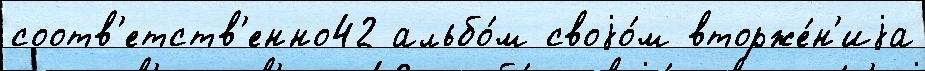
соотв'етств'енно42 альбо́м своjо́м вторже́н'иjа